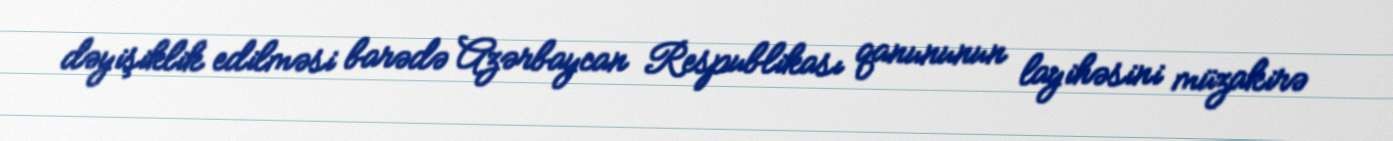
dəyişiklik edilməsi barədə Azərbaycan Respublikası qanununun layihəsini müzakirə